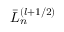
\bar { L } _ { n } ^ { ( l + 1 / 2 ) }